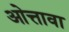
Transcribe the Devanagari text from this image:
ओत्तावा